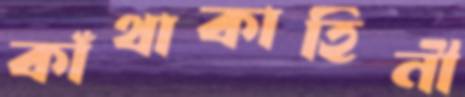
কাঁথাকাহিনী